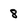
Character: 8